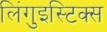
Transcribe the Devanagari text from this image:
लिंगुइस्टिक्स